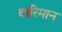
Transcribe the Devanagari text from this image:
बारिमान